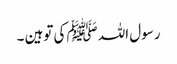
رسول اللہ ﷺ کی توہین ۔